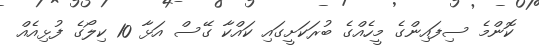
ކޮންމެ ސިފައިންގެ މީހެއްގެ ބުރަކަށީގައި ކައްކާ ގޭސް އަޅާ 10 ކިލޯގެ ފުޅިއެއް